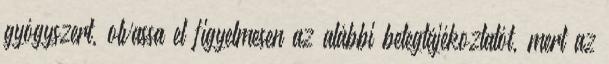
gyógyszert, olvassa el figyelmesen az alábbi betegtájékoztatót, mert az